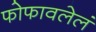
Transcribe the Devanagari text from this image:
फोफावलेलं